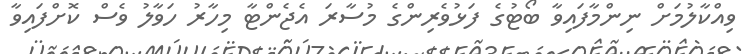
ވިއްކާލުމަށް ނިންމާފައިވާ ބޯޓުގެ ފަޅުވެރިންގެ މުސާރަ އެޖެންޓާ މިހާރު ހަވާލު ވެސް ކޮށްފައިވާ